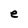
Character: e